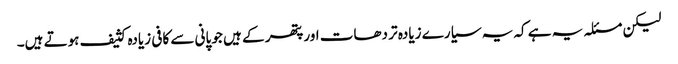
لیکن مسئلہ یہ ہے کہ یہ سیارے زیادہ تر دھات اور پتھر کے ہیں جو پانی سے کافی زیادہ کثیف ہوتے ہیں۔